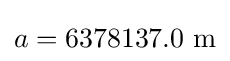
a=6378137.0\,\,\mathrm {m}